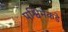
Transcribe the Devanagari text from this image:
पश्विमेकडे